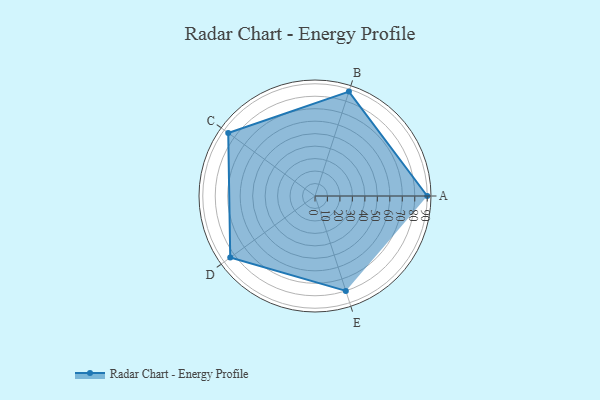
{"axis": {"x": "Skill", "y": "Score"}, "legend": ["Profile"], "data": [{"x": "A", "y": 90.0, "type": "Profile"}, {"x": "B", "y": 88.0, "type": "Profile"}, {"x": "C", "y": 86.0, "type": "Profile"}, {"x": "D", "y": 84.0, "type": "Profile"}, {"x": "E", "y": 80.0, "type": "Profile"}]}